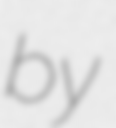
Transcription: by